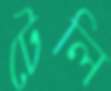
টেলি